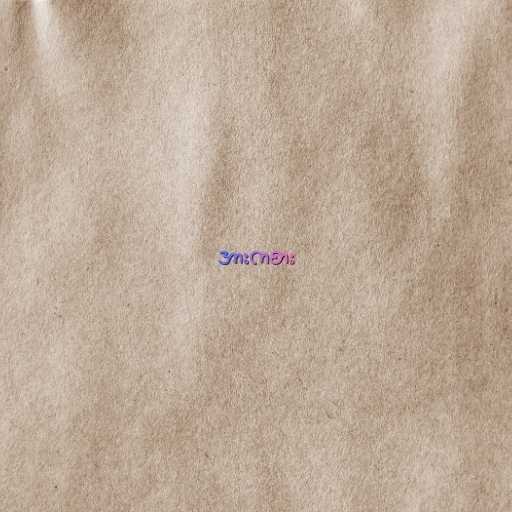
အားကစား